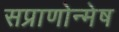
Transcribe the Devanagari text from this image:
सप्राणोन्मेष